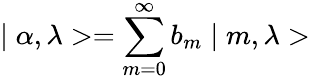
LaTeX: \mid\alpha,\lambda>=\sum_{m=0}^{\infty}b_{m}\mid m,\lambda>